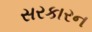
સરકારન